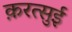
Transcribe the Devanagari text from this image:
क़रत्सुई